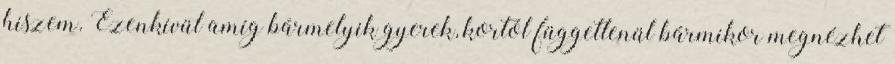
hiszem. Ezenkívül amíg bármelyik gyerek, kortól függetlenül bármikor megnézhet